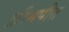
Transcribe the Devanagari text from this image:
क्रीमपीत